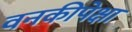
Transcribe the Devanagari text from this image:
वनकीपेक्षा